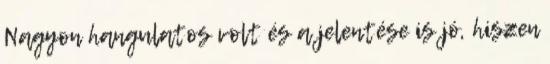
Nagyon hangulatos volt és a jelentése is jó, hiszen